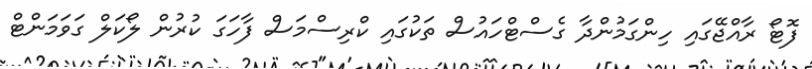
ފޮޓޯ ރާއްޖޭގައި ހިންގަމުންދާ ގެސްޓްހައުސް ތަކުގައި ކްރިސްމަސް ފާހަގަ ކުރުން ލޯކަލް ގަވަމަންޓް